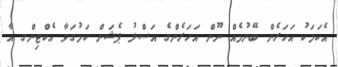
އެކަމަކު އަހަރެން ބޭނުމެެއް ނޫން އަހަރެންގެ އަސްލު ޕެޝަން ކަމުގަވާ އެކްޓިންގ އާ